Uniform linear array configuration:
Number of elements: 32
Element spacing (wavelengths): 0.75
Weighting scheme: hann
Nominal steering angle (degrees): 45
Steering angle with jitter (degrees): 46.79
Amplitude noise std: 0.05
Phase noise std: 0.05

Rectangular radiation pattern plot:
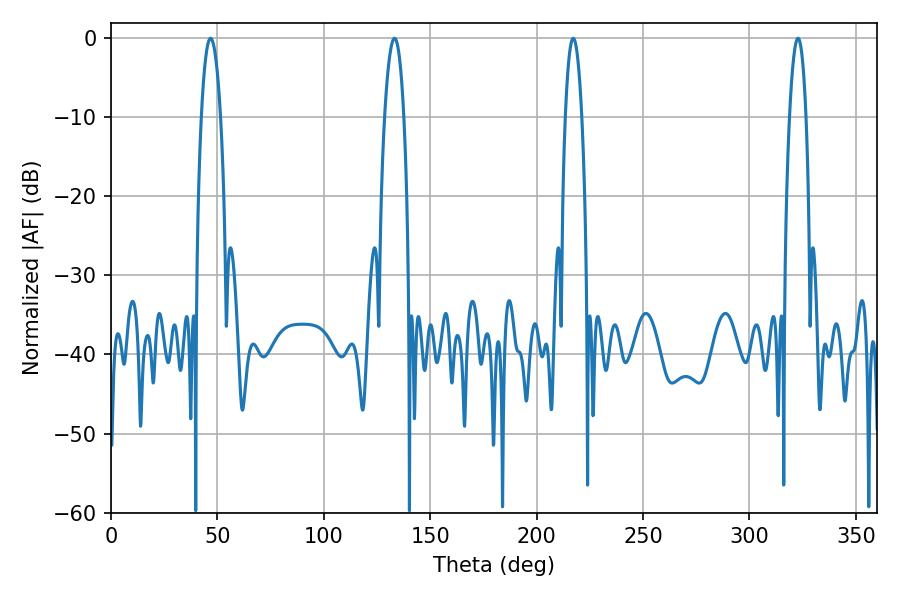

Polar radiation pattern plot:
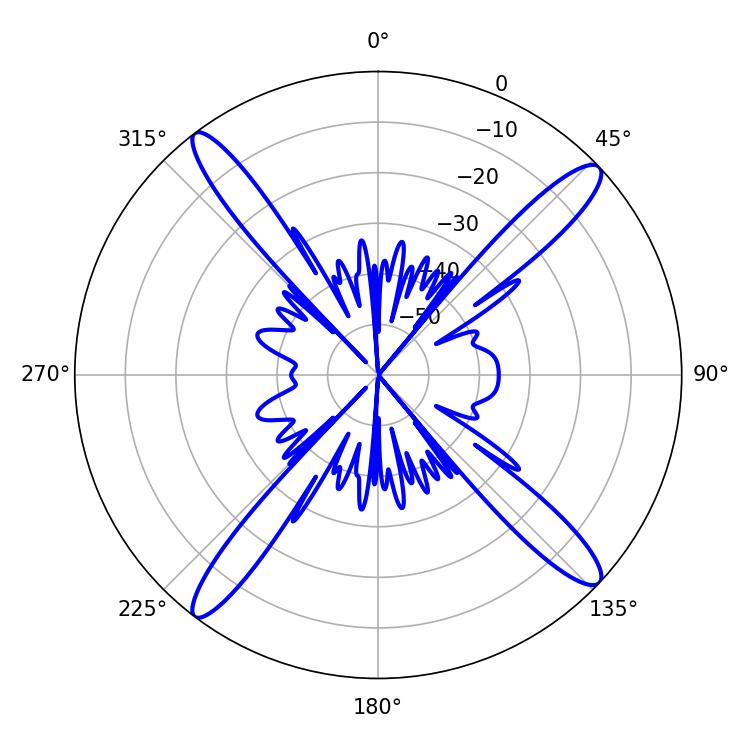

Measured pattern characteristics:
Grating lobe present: TRUE
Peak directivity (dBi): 17.035
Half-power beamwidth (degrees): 5.04
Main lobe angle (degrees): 46.8